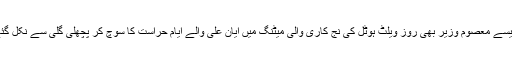
سویلین کا تو یہ عالم ہے کہ مراد سعید جیسے معصوم وزیر بھی روز ویلٹ ہوٹل کی نج کاری والی میٹنگ میں ایان علی والے ایام حراست کا سوچ کر پچھلی گلی سے نکل گئے، کابینہ کے اجلاس تک میں نہیں آئے۔